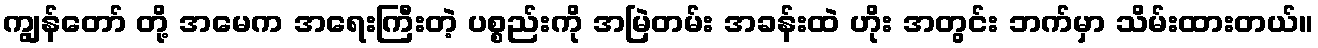
ကျွန်တော် တို့ အမေက အရေးကြီးတဲ့ ပစ္စည်းကို အမြဲတမ်း အခန်းထဲ ဟိုး အတွင်း ဘက်မှာ သိမ်းထားတယ်။